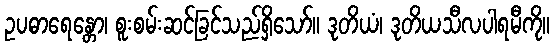
ဥပဓာရေန္တော၊ စူးစမ်းဆင်ခြင်သည်ရှိသော်။ ဒုတိယံ၊ ဒုတိယသီလပါရမီကို။